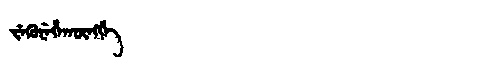
Manchu: ᠵᡝᡴᡠᠨᡝᡥᠠᡴᡡᠩᡤᡝ
Romanization: JEKUNEHAKŪNGGE